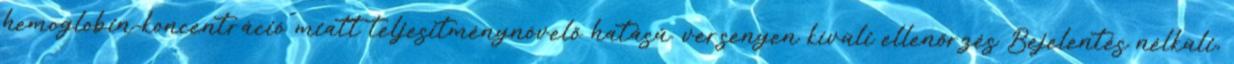
hemoglobin-koncentráció miatt teljesítménynövelő hatású. versenyen kívüli ellenőrzés Bejelentés nélküli,